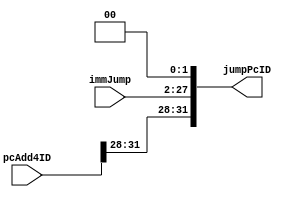
`timescale 1ns / 1ps
//////////////////////////////////////////////////////////////////////////////////
// Company: 
// Engineer: 
// 
// Design Name: 
// Module Name: jump_add
// Project Name: 
// Target Devices: 
// Tool Versions: 
// Description: 
// 
// Dependencies: 
// 
// Revision:
// Revision 0.01 - File Created
// Additional Comments:
// 
//////////////////////////////////////////////////////////////////////////////////


module jump_add(
    input [25:0] immJump,
    input [31:0] pcAdd4ID,
    output reg [31:0] jumpPcID
    );
    reg [27:0] temp;
    initial jumpPcID=0;
    
    always @ (immJump or pcAdd4ID)
    begin
        temp=immJump<<2;
        jumpPcID={pcAdd4ID[31:28],temp[27:0]};
    end
    
endmodule